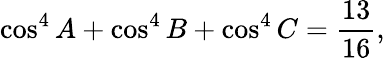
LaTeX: \cos^{4}A+\cos^{4}B+\cos^{4}C={\frac{13}{16}},